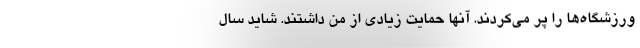
ورزشگاه‌ها را پر مى‌کردند. آنها حمایت زیادى از من داشتند. شاید سال